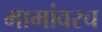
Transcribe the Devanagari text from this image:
मामांवरच